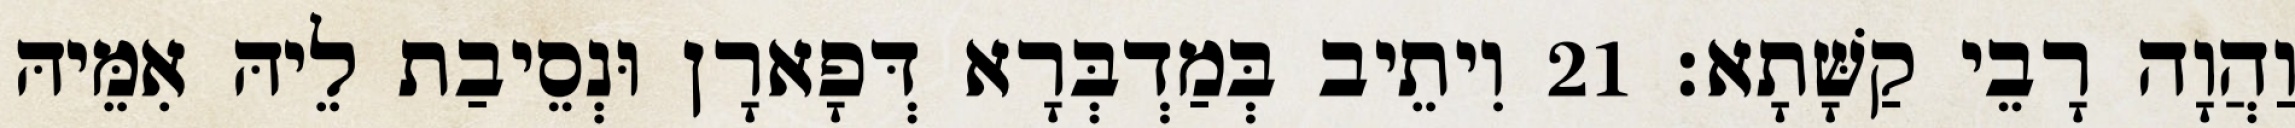
וַהֲוָה רָבֵי קַשָּׁתָא׃ 21 וִיתֵיב בְּמַדְבְּרָא דְּפָארָן וּנְסֵיבַת לֵיהּ אִמֵּיהּ